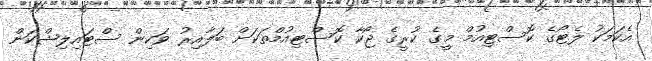
އެކަމަކު ލެޓޯގެ ކޮސްޓިއުމް މީގެ ކުރީގެ ޖޯކާ ކޮސްޓިއުމްތަކަށް ބަލާއިރު ވަކިން ސްޓައިލިޝްކަން